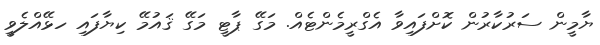
ޔާމީން ސަރުކާރުން ކޮށްފައިވާ އެގްރީމެންޓެއް. މަގޭ ޕާޓީ މަގޭ ޤައުމޭ ކިޔާފައި ހޅޭއްލެވީ